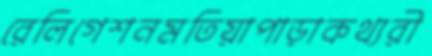
রেলিগেশনমতিয়াপাড়াকথ্যরী